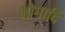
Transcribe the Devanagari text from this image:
भोगादि